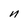
Character: n